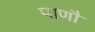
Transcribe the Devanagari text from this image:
पाणौ